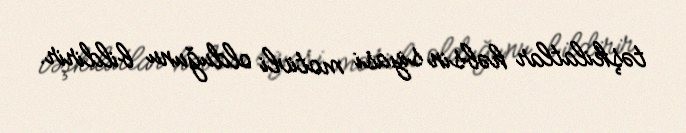
təşkilatlar həbsin siyasi motivli olduğunu bildirir.